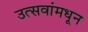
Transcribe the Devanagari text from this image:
उत्सवांमधून